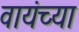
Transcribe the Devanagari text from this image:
वायंच्या